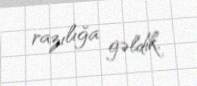
razılığa gəldik.